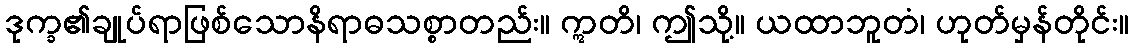
ဒုက္ခ၏ချုပ်ရာဖြစ်သောနိရာဓသစ္စာတည်း။ ဣတိ၊ ဤသို့။ ယထာဘူတံ၊ ဟုတ်မှန်တိုင်း။